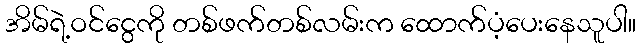
အိမ်ရဲ့ဝင်ငွေကို တစ်ဖက်တစ်လမ်းက ထောက်ပံ့ပေးနေသူပါ။